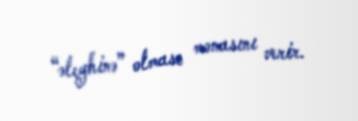
“əleyhinə” olması mənasını verir.